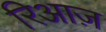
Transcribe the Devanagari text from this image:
रिआज़